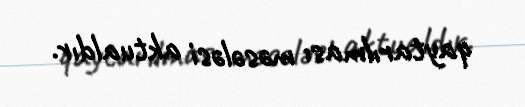
qaytarılması məsələsi aktualdır.